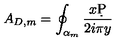
A _ { D , m } = \oint _ { \alpha _ { m } } { \frac { x \d P } { 2 i \pi y } }